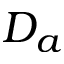
D _ { a }